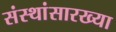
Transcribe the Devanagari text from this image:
संस्थांसारख्या